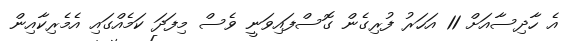
އެ ހާދިސާއަށް 11 އަހަރު ފުރިގެން ގޮސްފައިވަނީ ވެސް މިފަދަ ކަމެއްގައި އެމެރިކާއިން